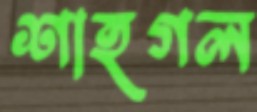
শাহগল